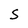
Character: S